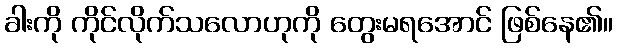
ခါးကို ကိုင်လိုက်သလောဟုကို တွေးမရအောင် ဖြစ်နေ၏။